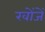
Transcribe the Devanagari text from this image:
खोंजें